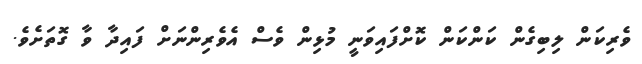
ވެރިކަން ލިބިގެން ކަންކަން ކޮށްފައިވަނީ މުޅިން ވެސް އެވެރިންނަށް ފައިދާ ވާ ގޮތަށެވެ.